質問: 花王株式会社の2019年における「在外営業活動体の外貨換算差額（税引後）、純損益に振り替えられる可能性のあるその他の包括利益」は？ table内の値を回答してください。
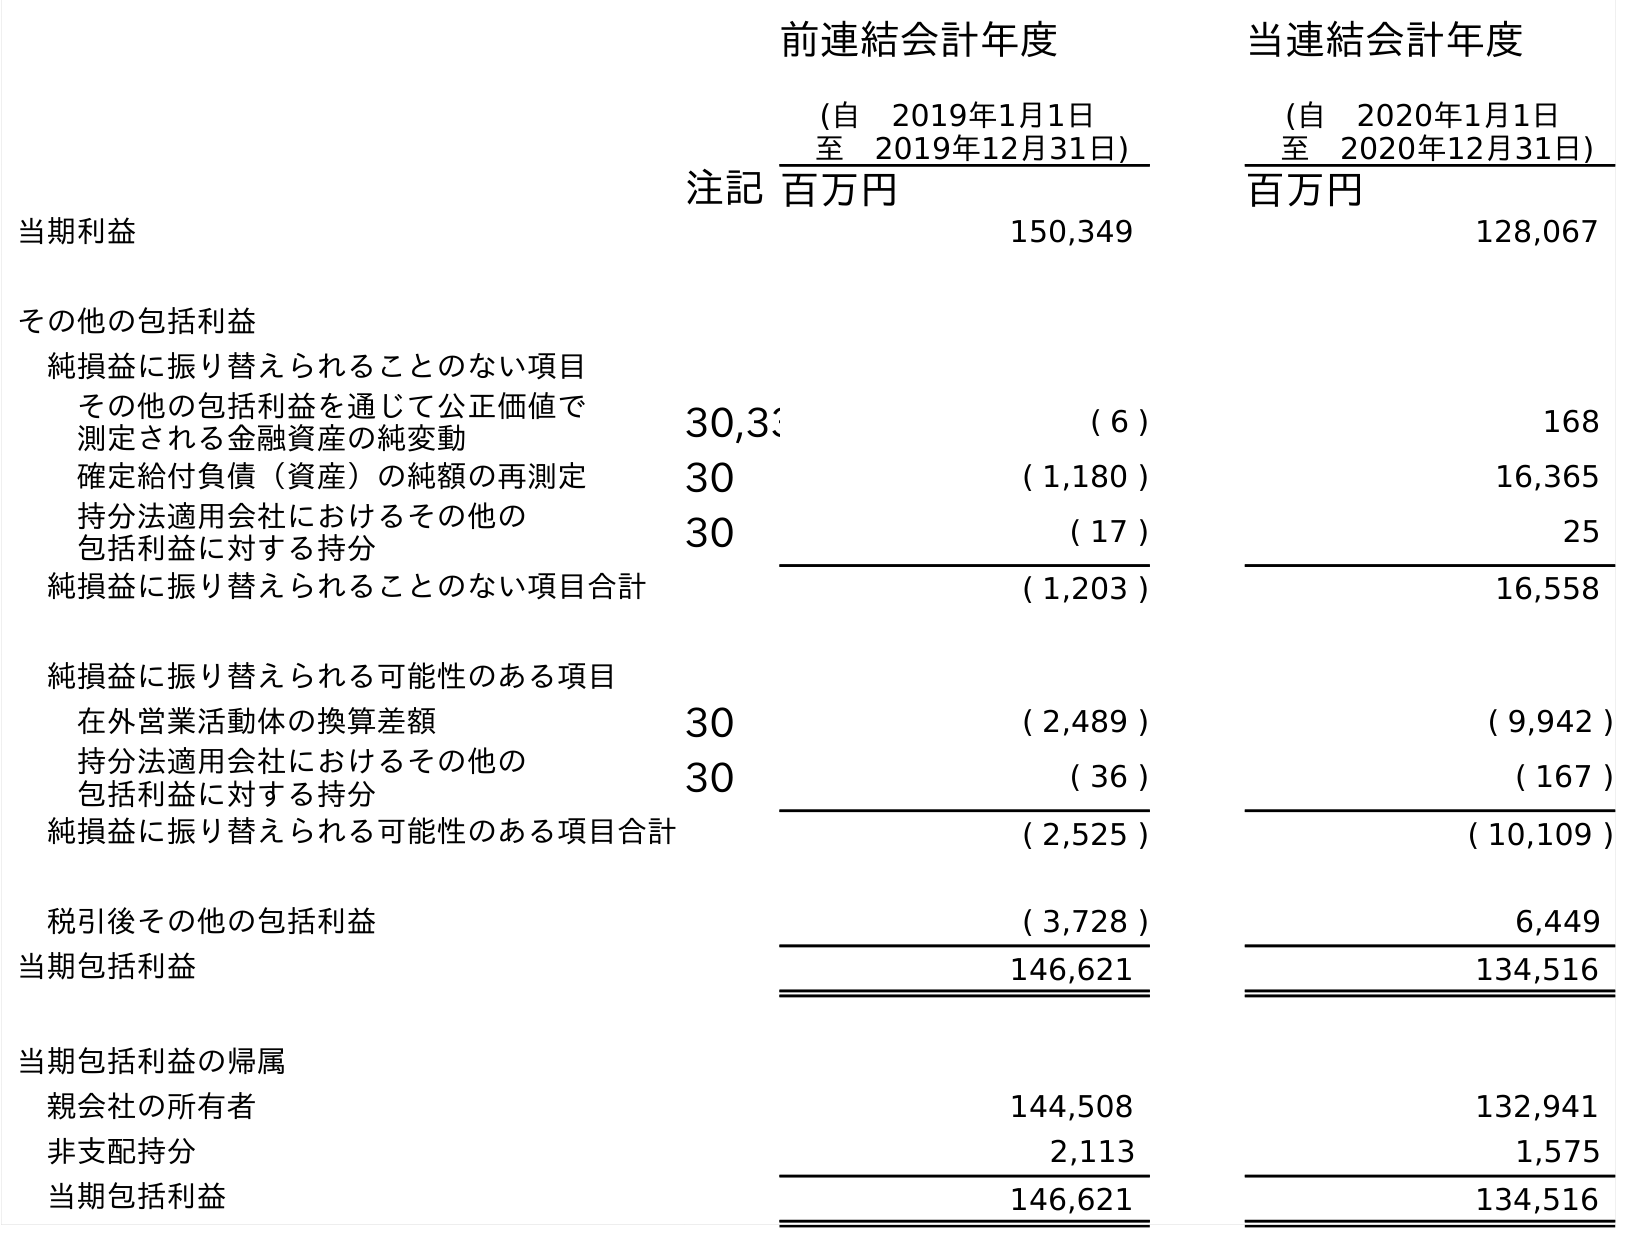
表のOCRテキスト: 前連結会計年度 (自 2019年1月1日 至 2019年12月31日) 当連結会計年度 (自 2020年1月1日 至 2020年12月31日) 注記百万円 百万円 当期利益 150,349 128,067 その他の包括利益 純損益に振り替えられることのない項目 その他の包括利益を通じて公正価値で 測定される金融資産の純変動 30,33 ( 6 ) 168 確定給付負債（資産）の純額の再測定 30 ( 1,180 ) 16,365 持分法適用会社におけるその他の 包括利益に対する持分 30 ( 17 ) 25 純損益に振り替えられることのない項目合計 ( 1,203 ) 16,558 純損益に振り替えられる可能性のある項目 在外営業活動体の換算差額 30 ( 2,489 ) ( 9,942 ) 持分法適用会社におけるその他の 包括利益に対する持分 30 ( 36 ) ( 167 ) 純損益に振り替えられる可能性のある項目合計 ( 2,525 ) ( 10,109 ) 税引後その他の包括利益 ( 3,728 ) 6,449 当期包括利益 146,621 134,516 当期包括利益の帰属 親会社の所有者 144,508 132,941 非支配持分 2,113 1,575 当期包括利益 146,621 134,516
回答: (2,489)